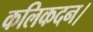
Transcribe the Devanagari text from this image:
कलिकदन।